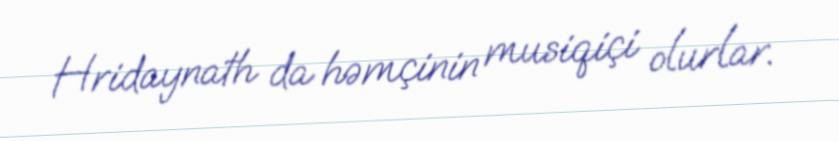
Hridaynath da həmçinin musiqiçi olurlar.